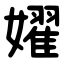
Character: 嬥